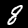
Digit: 8